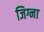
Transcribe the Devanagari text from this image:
जिग्ना